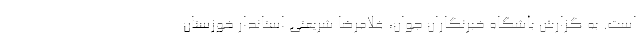
است. به گزارش باشگاه خبرنگاران جوان، غلامرضا شریعتی استاندار خوزستان